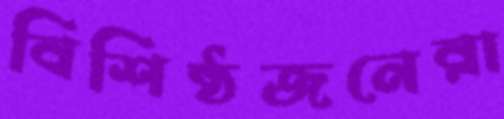
বিশিষ্ঠজনেরা